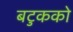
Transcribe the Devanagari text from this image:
बटुकको